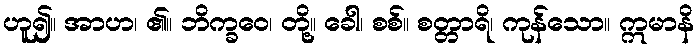
ဟူ၍။ အာဟ၊ ၏။ ဘိက္ခဝေ၊ တို့။ ခေါ၊ စစ်။ စတ္တာရိ၊ ကုန်သော။ ဣမာနိ